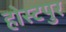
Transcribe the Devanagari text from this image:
होस्टपुर